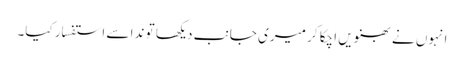
انہوں نے بھنویں اچکا کر میری جانب دیکھا تو ندا سے استفسار کیا۔